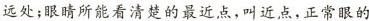
远处；眼睛所能看清楚的最近点，叫近点，正常眼的